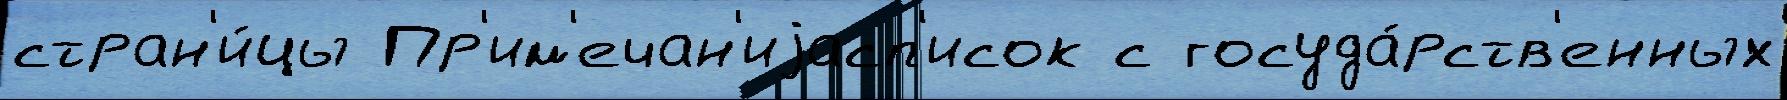
стран'и́цы Пр'им'ечан'иjасп'исок с госуда́рств'енных